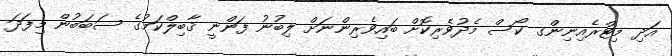
އަދި މިޓްރެއިނިންގ ކޯސް މެދުވެރިކޮށް ބައިވެރިންނަށް ލިބުނު ފަންނީ ޤާބިލްކަމުގެ ސަބަބުން މިފަދަ